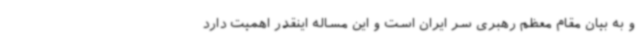
و به بیان مقام معظم رهبری سر ایران است و این مساله اینقدر اهمیت دارد